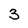
Character: 3